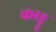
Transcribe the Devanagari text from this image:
काड्डू